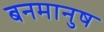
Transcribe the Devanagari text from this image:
बनमानुष